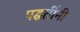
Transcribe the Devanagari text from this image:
पद्घतींनी